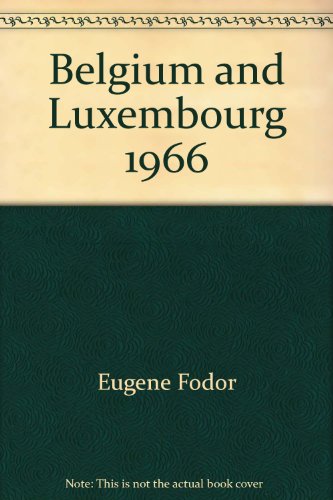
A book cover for Belgium and Luxembourg 1966; Eugene Fodor; Travel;